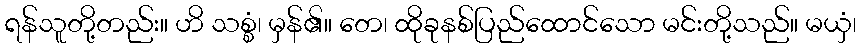
ရန်သူတို့တည်း။ ဟိ သစ္စံ၊ မှန်၏။ တေ၊ ထိုခုနစ်ပြည်ထောင်သော မင်းတို့သည်။ မယှံ၊